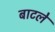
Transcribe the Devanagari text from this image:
बाटले